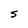
Character: S